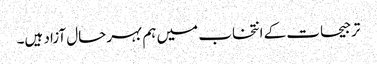
ترجیحات کے انتخاب میں ہم بہرحال آزاد ہیں۔